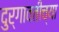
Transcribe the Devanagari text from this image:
दुर्गावतीच्या